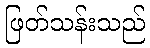
ဖြတ်သန်းသည်